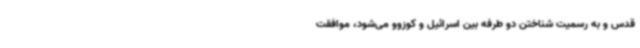
قدس و به رسمیت شناختن دو طرفه بین‌ اسرائیل و کوزوو می‌شود، موافقت